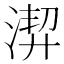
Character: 𱧍